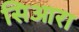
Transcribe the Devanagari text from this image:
सिआरा